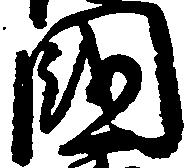
国